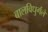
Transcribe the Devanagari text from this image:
बालविधुर्गले